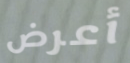
أعرض